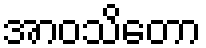
အာဝသိတော